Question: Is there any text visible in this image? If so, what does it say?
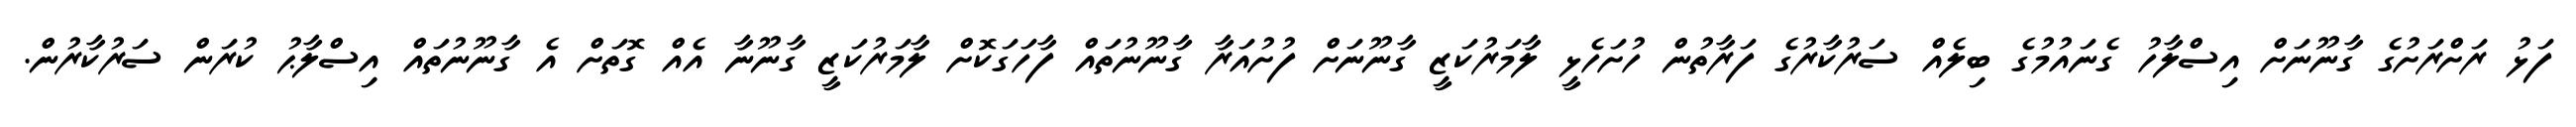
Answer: ފަޅު ރަށްރަށުގެ ގާނޫނަށް އިސްލާހު ގެނައުމުގެ ބިލެއް ސަރުކާރުގެ ފަރާތުން ހުށަހެޅީ ލާމަރުކަޒީ ގާނޫނަށް ފުށުއަރާ ގާނޫނުތައް ފާހަގަކޮށް ލާމަރުކަޒީ ގާނޫނާ އެއް ގޮތަށް އެ ގާނޫނުތައް އިސްލާޙު ކުރަން ސަރުކާރުން.